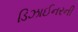
ડિઝાઈનરની